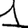
Digit: 1